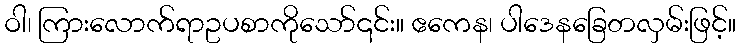
ဝါ၊ ကြားလောက်ရာဥပစာကိုသော်၎င်း။ ဧကေန၊ ပါဒေနခြေတလှမ်းဖြင့်။